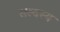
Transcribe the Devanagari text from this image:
सस्दस्य